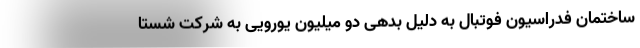
ساختمان فدراسیون فوتبال به دلیل بدهی دو میلیون یورویی به شرکت شستا